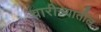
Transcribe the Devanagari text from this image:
चारीत्र्यातील